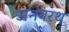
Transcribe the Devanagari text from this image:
अनवरथ